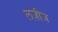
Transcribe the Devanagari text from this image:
लज़ीज